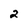
Character: 2